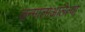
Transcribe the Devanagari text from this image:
जन्मालाआलेल्या